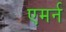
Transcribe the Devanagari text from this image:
एमर्न